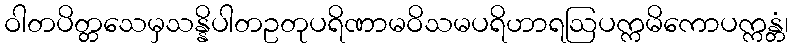
ဝါတပိတ္တသေမှသန္နိပါတဥတုပရိဏာမဝိသမပရိဟာရဩပက္ကမိကောပက္ကန္တံ၊